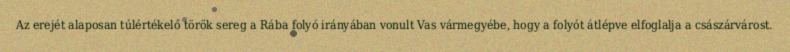
Az erejét alaposan túlértékelő török sereg a Rába folyó irányában vonult Vas vármegyébe, hogy a folyót átlépve elfoglalja a császárvárost.